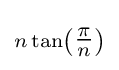
\scriptstyle n\tan \left({\tfrac {\pi }{n}}\right)